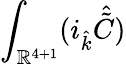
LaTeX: \int_{\mathbb{R}^{4+1}}(i_{\hat{{k}}}{\hat{{\tilde{{C}}}}})